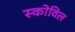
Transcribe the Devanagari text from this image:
स्कोविल